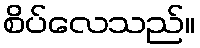
စိပ်လေသည်။